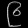
Digit: ၉